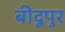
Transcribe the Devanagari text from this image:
बीदूपुर